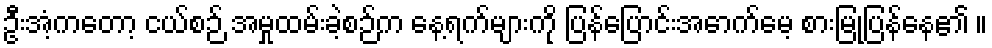
ဦးအံ့ကတော့ ငယ်စဉ် အမှုထမ်းခဲ့စဉ်က နေ့ရက်များကို ပြန်ပြောင်းအောက်မေ့ စားမြုံ့ပြန်နေ၏ ။